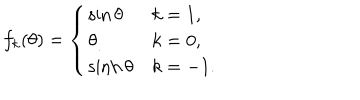
f _ { k } ( \theta ) = \left\{ \begin{array} { l l } { { \sin \theta } } & { { k = 1 , } } \\ { { \theta } } & { { k = 0 , } } \\ { { \sinh \theta } } & { { k = - 1 . } } \\ \end{array} \right.